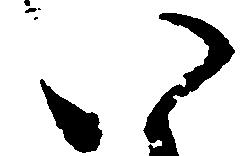
い